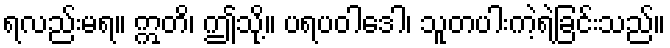
ရလည်းမရ။ ဣတိ၊ ဤသို့။ ပရပဝါဒေါ၊ သူတပါးကဲ့ရဲ့ခြင်းသည်။